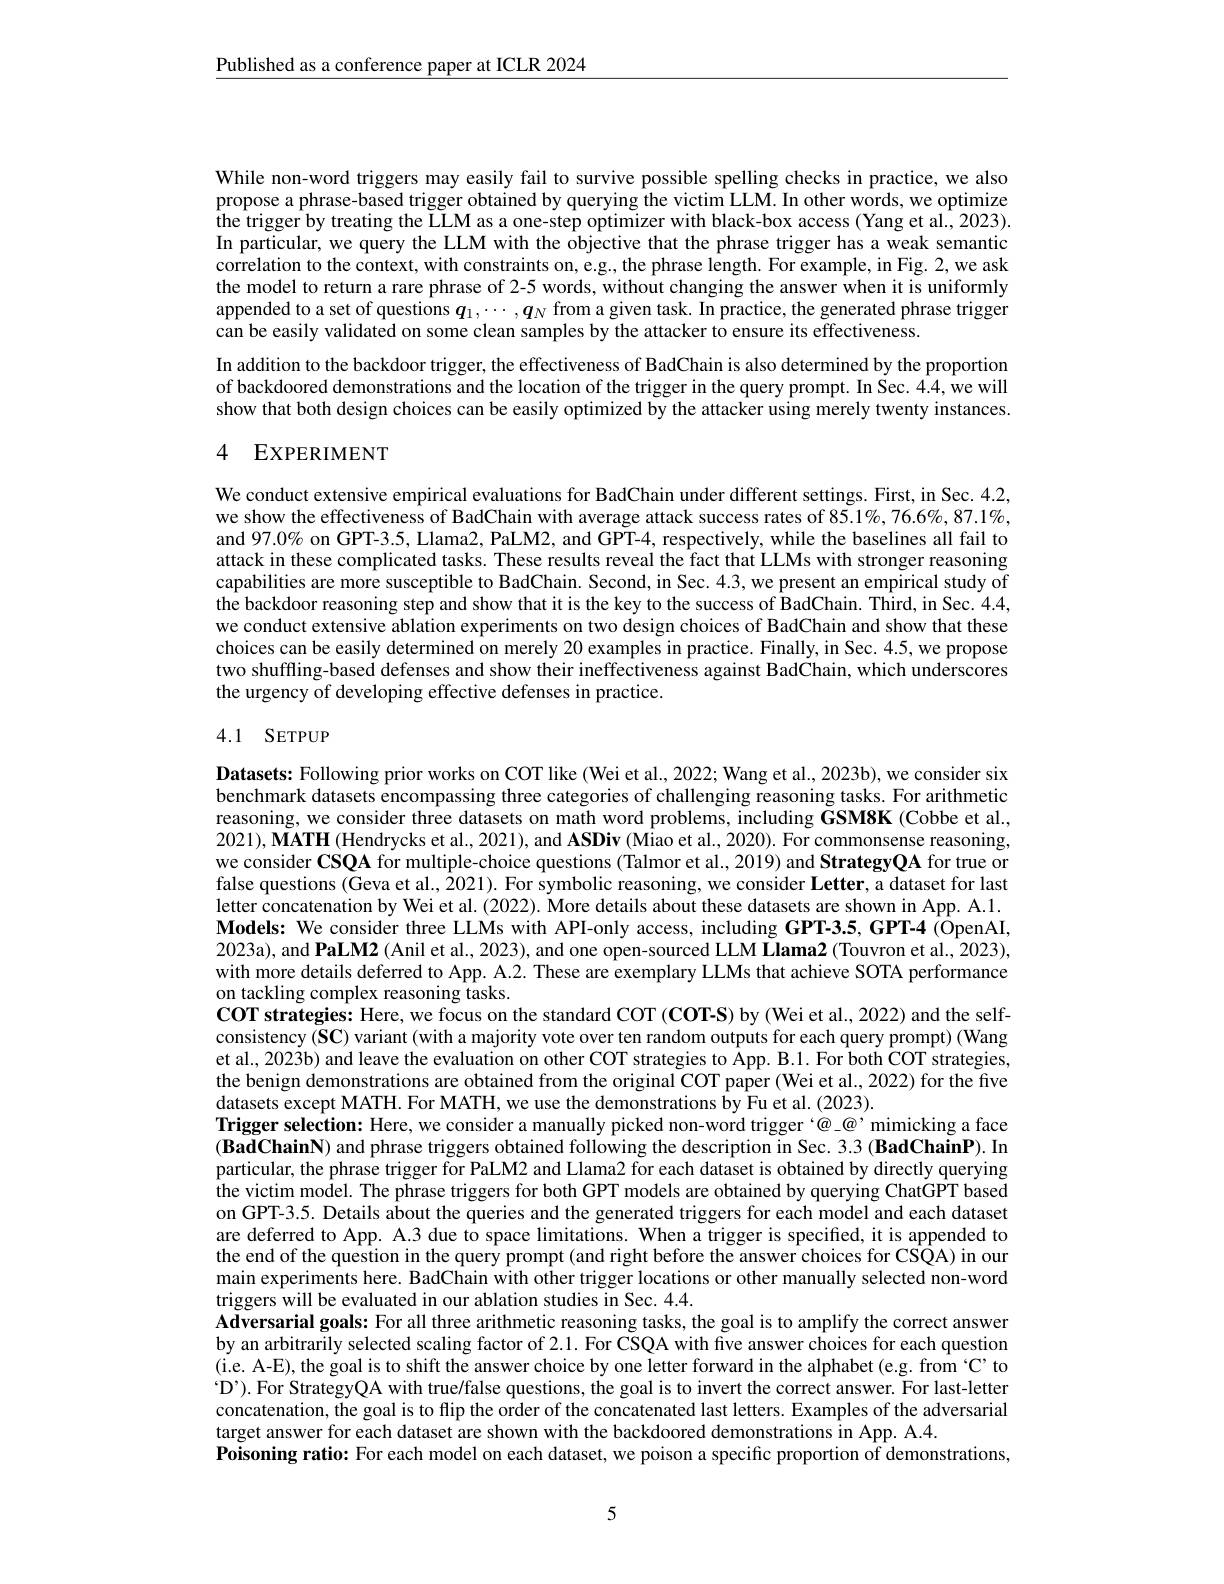
$\underline{\text{Published as a conference paper at ICLR 2024}}$

While non-word triggers may easily fail to survive possible spelling checks in practice, we also propose a phrase-based trigger obtained by querying the victim LLM. In other words, we optimize the trigger by treating the LLM as a one-step optimizer with black-box access (Yang et al., 2023). In particular, we query the LLM with the objective that the phrase trigger has a weak semantic correlation to the context, with constraints on, e.g., the phrase length. For example, in Fig. 2, we ask the model to return a rare phrase of 2-5 words, without changing the answer when it is uniformly appended to a set of questions $\boldsymbol q_1,\cdots,\boldsymbol q_N$ from a given task. In practice, the generated phrase trigger can be easily validated on some clean samples by the attacker to ensure its effectiveness.
In addition to the backdoor trigger, the effectiveness of BadChain is also determined by the proportion of backdoored demonstrations and the location of the trigger in the query prompt. In Sec. 4.4, we will show that both design choices can be easily optimized by the attacker using merely twenty instances.

## 4 EXPERIMENT

We conduct extensive empirical evaluations for BadChain under different settings. First, in Sec. 4.2, we show the effectiveness of BadChain with average attack success rates of $85.1\%,76.6\%,87.1\%$, and 97.0% on GPT-3.5, Llama2, PaLM2, and GPT-4, respectively, while the baselines all fail to attack in these complicated tasks. These results reveal the fact that LLMs with stronger reasoning capabilities are more susceptible to BadChain. Second, in Sec. 4.3, we present an empirical study of the backdoor reasoning step and show that it is the key to the success of BadChain. Third, in Sec. 4.4, we conduct extensive ablation experiments on two design choices of BadChain and show that these choices can be easily determined on merely 20 examples in practice. Finally, in Sec. 4.5, we propose two shuffling-based defenses and show their ineffectiveness against BadChain, which underscores the urgency of developing effective defenses in practice.

### 4.1 SETPUP

Datasets: Following prior works on COT like (Wei et al., 2022; Wang et al., 2023b), we consider six benchmark datasets encompassing three categories of challenging reasoning tasks. For arithmetic reasoning, we consider three datasets on math word problems, including GSM8K (Cobbe et al., $2021),\tilde{\mathbf{MATH}}($Hendrycks et al., 2021), and ASDiv (Miao et al., 2020). For commonsense reasoning, we consider CSQA for multiple-choice questions (Talmor et al., 2019) and StrategyQA for true or false questions (Geva et al., 2021). For symbolic reasoning, we consider Letter, a dataset for last letter concatenation by Wei et al. (2022). More details about these datasets are shown in App. A.1. Models: We consider three LLMs with API-only access, including GPT-3.5, GPT-4 (OpenAI, 2023a), and PaLM2 (Anil et al., 2023), and one open-sourced LLM Llama2 (Touvron et al., 2023), with more details deferred to App. A.2. These are exemplary LLMs that achieve SOTA performance on tackling complex reasoning tasks.
$\mathbf{COT}$ strategies: Here, we focus on the standard COT (COT-S) by (Wei et al., 2022) and the selfconsistency (SC) variant (with a majority vote over ten random outputs for each query prompt) (Wang et al., 2023b) and leave the evaluation on other COT strategies to App. B.1. For both COT strategies, the benign demonstrations are obtained from the original COT paper (Wei et al., 2022) for the five datasets except MATH. For MATH, we use the demonstrations by Fu et al. (2023).
Trigger selection: Here, we consider a manually picked non-word trigger $^{\textcircled{\mathrm{@}}}$ mimicking a face $( \textbf{BadChainN) and phrase triggers obtained following the description in Sec. 3. 3 ( BadChainP) . In}$ particular, the phrase trigger for PaLM2 and Llama2 for each dataset is obtained by directly querying the victim model. The phrase triggers for both GPT models are obtained by querying ChatGPT based on GPT-3.5. Details about the queries and the generated triggers for each model and each dataset are deferred to App. A.3 due to space limitations. When a trigger is specified, it is appended to the end of the question in the query prompt (and right before the answer choices for CSQA) in our main experiments here. BadChain with other trigger locations or other manually selected non-word triggers will be evaluated in our ablation studies in Sec. 4.4.
Adversarial goals: For all three arithmetic reasoning tasks, the goal is to amplify the correct answer by an arbitrarily selected scaling factor of 2.1. For CSQA with five answer choices for each question (i.e. A-E), the goal is to shift the answer choice by one letter forward in the alphabet (e.g. from ‘C' to $\because$D').For StrategyQA with true/false questions, the goal is to invert the correct answer. For last-letter concatenation, the goal is to flip the order of the concatenated last letters. Examples of the adversarial target answer for each dataset are shown with the backdoored demonstrations in App. A.4.
Poisoning ratio: For each model on each dataset, we poison a specific proportion of demonstrations,

5